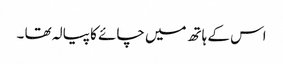
اس کے ہاتھ میں چائے کا پیالہ تھا ۔